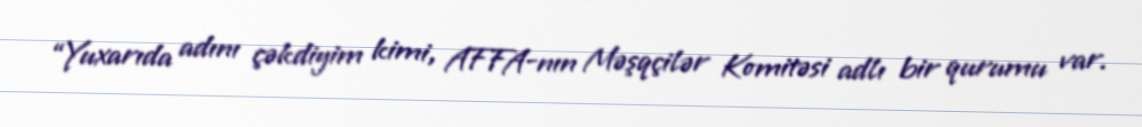
“Yuxarıda adını çəkdiyim kimi, AFFA-nın Məşqçilər Komitəsi adlı bir qurumu var.